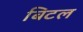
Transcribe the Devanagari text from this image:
बिटल